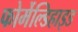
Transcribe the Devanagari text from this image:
फोर्मेल्डिहाइड